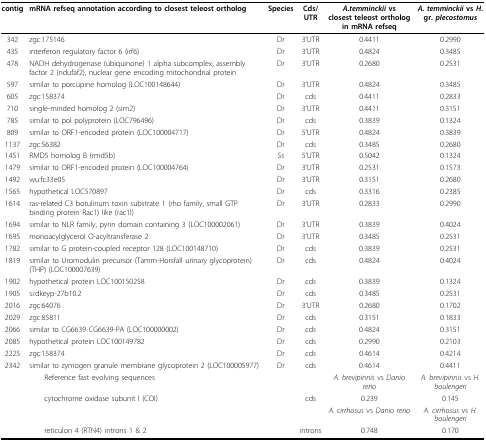
<table><thead><tr><td><b>contig</b></td><td><b>mRNA refseq annotation according to closest teleost ortholog</b></td><td><b>Species</b></td><td><b>Cds/UTR</b></td><td><b><i>A.temminckii </i>vs closest teleost ortholog in mRNA refseq</b></td><td><b><i>A. temminckii </i>vs <i>H</i>. gr. <i>plecostomus</i></b></td></tr></thead><tbody><tr><td>342</td><td>zgc:175146</td><td>Dr</td><td>3&#x27;UTR</td><td>0.4411</td><td>0.2990</td></tr><tr><td>435</td><td>interferon regulatory factor 6 (irf6)</td><td>Dr</td><td>3&#x27;UTR</td><td>0.4824</td><td>0.3485</td></tr><tr><td>478</td><td>NADH dehydrogenase (ubiquinone) 1 alpha subcomplex, assembly factor 2 (ndufaf2), nuclear gene encoding mitochondrial protein</td><td>Dr</td><td>3&#x27;UTR</td><td>0.2680</td><td>0.2531</td></tr><tr><td>597</td><td>similar to porcupine homolog (LOC100148644)</td><td>Dr</td><td>3&#x27;UTR</td><td>0.4824</td><td>0.3485</td></tr><tr><td>605</td><td>zgc:158374</td><td>Dr</td><td>cds</td><td>0.4411</td><td>0.2833</td></tr><tr><td>710</td><td>single-minded homolog 2 (sim2)</td><td>Dr</td><td>3&#x27;UTR</td><td>0.4411</td><td>0.3151</td></tr><tr><td>785</td><td>similar to pol polyprotein (LOC796496)</td><td>Dr</td><td>cds</td><td>0.3839</td><td>0.1324</td></tr><tr><td>809</td><td>similar to ORF1-encoded protein (LOC100004717)</td><td>Dr</td><td>5&#x27;UTR</td><td>0.4824</td><td>0.3839</td></tr><tr><td>1137</td><td>zgc:56382</td><td>Dr</td><td>cds</td><td>0.3485</td><td>0.2680</td></tr><tr><td>1451</td><td>RMD5 homolog B (rmd5b)</td><td>Ss</td><td>5&#x27;UTR</td><td>0.5042</td><td>0.1324</td></tr><tr><td>1479</td><td>similar to ORF1-encoded protein (LOC100004764)</td><td>Dr</td><td>3&#x27;UTR</td><td>0.2531</td><td>0.1573</td></tr><tr><td>1492</td><td>wu:fc33e05</td><td>Dr</td><td>3&#x27;UTR</td><td>0.3151</td><td>0.2680</td></tr><tr><td>1565</td><td>hypothetical LOC570897</td><td>Dr</td><td>cds</td><td>0.3316</td><td>0.2385</td></tr><tr><td>1614</td><td>ras-related C3 botulinum toxin substrate 1 (rho family, small GTP binding protein Rac1) like (rac1l)</td><td>Dr</td><td>3&#x27;UTR</td><td>0.2833</td><td>0.2990</td></tr><tr><td>1694</td><td>similar to NLR family, pyrin domain containing 3 (LOC100002061)</td><td>Dr</td><td>3&#x27;UTR</td><td>0.3839</td><td>0.4024</td></tr><tr><td>1695</td><td>monoacylglycerol O-acyltransferase 2</td><td>Dr</td><td>3&#x27;UTR</td><td>0.3485</td><td>0.2531</td></tr><tr><td>1782</td><td>similar to G protein-coupled receptor 128 (LOC100148710)</td><td>Dr</td><td>cds</td><td>0.3839</td><td>0.2531</td></tr><tr><td>1819</td><td>similar to Uromodulin precursor (Tamm-Horsfall urinary glycoprotein) (THP) (LOC100007639)</td><td>Dr</td><td>cds</td><td>0.4824</td><td>0.4024</td></tr><tr><td>1902</td><td>hypothetical protein LOC100150258</td><td>Dr</td><td>cds</td><td>0.3839</td><td>0.1324</td></tr><tr><td>1905</td><td>si:dkeyp-27b10.2</td><td>Dr</td><td>cds</td><td>0.3485</td><td>0.2531</td></tr><tr><td>2016</td><td>zgc:64076</td><td>Dr</td><td>3&#x27;UTR</td><td>0.2680</td><td>0.1702</td></tr><tr><td>2029</td><td>zgc:85811</td><td>Dr</td><td>cds</td><td>0.3151</td><td>0.1833</td></tr><tr><td>2066</td><td>similar to CG6639 CG6639-PA (LOC100000002)</td><td>Dr</td><td>cds</td><td>0.4824</td><td>0.3151</td></tr><tr><td>2085</td><td>hypothetical protein LOC100149782</td><td>Dr</td><td>cds</td><td>0.2990</td><td>0.2103</td></tr><tr><td>2225</td><td>zgc:158374</td><td>Dr</td><td>cds</td><td>0.4614</td><td>0.4214</td></tr><tr><td>2342</td><td>similar to zymogen granule membrane glycoprotein 2 (LOC100005977)</td><td>Dr</td><td>cds</td><td>0.4614</td><td>0.4411</td></tr><tr><td></td><td> Reference fast evolving sequences</td><td></td><td></td><td><i>A. brevipinnis </i>vs <i>Danio rerio</i></td><td><i>A. brevipinnis </i>vs <i>H. boulengeri</i></td></tr><tr><td></td><td> cytochrome oxidase subunit I (COI)</td><td></td><td>cds</td><td>0.239</td><td>0.145</td></tr><tr><td></td><td></td><td></td><td></td><td><i>A. cirrhosus </i>vs <i>Danio rerio</i></td><td><i>A. cirrhosus </i>vs <i>H. boulengeri</i></td></tr><tr><td></td><td> reticulon 4 (RTN4) introns 1 &amp; 2</td><td></td><td>introns</td><td>0.748</td><td>0.170</td></tr></tbody></table>